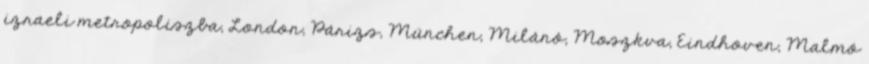
izraeli metropoliszba, London, Párizs, München, Milánó, Moszkva, Eindhoven, Malmö